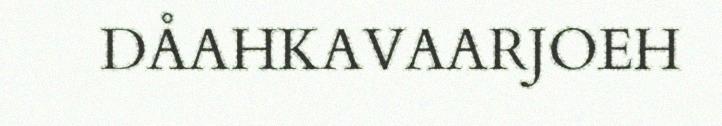
DÅAHKAVAARJOEH